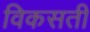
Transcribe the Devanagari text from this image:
विकसती